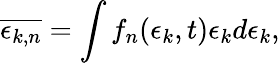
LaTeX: \overline{{\epsilon_{k,n}}}=\int f_{n}(\epsilon_{k},t)\epsilon_{k}d\epsilon_{k},